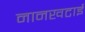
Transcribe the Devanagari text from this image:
नानखटाई